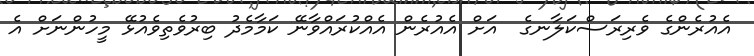
އެއުރެންގެ ވެރިރަސްކަލާނގެ  އަށް އެއުރެން އެއްކުރައްވާނޭ ކަމާމެދު ބިރުވެތިވެއުޅޭ މީހުންނަށް އެ